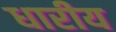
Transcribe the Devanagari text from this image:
धारीय